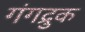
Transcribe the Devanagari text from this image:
गंगद्रुक